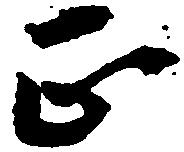
正